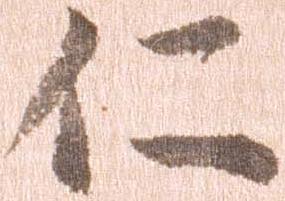
仁